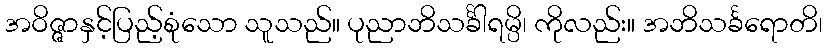
အဝိဇ္ဇာနှင့်ပြည့်စုံသော သူသည်။ ပုညာဘိသင်္ခါရမ္ပိ၊ ကိုလည်း။ အဘိသင်္ခရောတိ၊